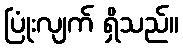
ပြုံးလျက် ရှိသည်။